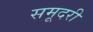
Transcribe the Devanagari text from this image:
समूदरी